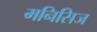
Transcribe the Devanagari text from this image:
मनिसिज